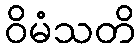
ဝိမံသတိ